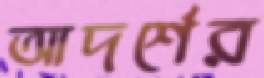
আদর্শের